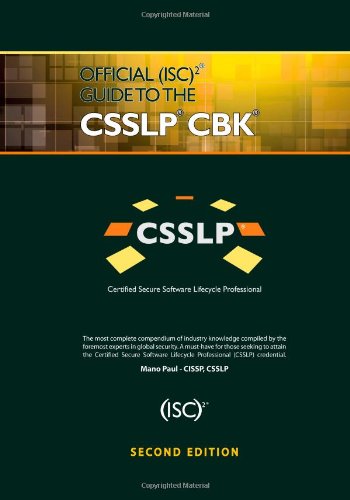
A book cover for Official (ISC)2 Guide to the CSSLP CBK, Second Edition ((ISC)2 Press); Mano Paul; Computers & Technology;